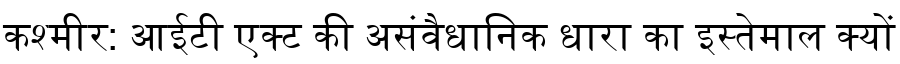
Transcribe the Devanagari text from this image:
कश्मीर: आईटी एक्ट की असंवैधानिक धारा का इस्तेमाल क्यों